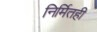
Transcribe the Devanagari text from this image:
निर्मितही